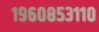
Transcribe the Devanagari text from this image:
१९६०८५३११०